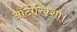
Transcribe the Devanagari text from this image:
ऑटोरिक्शा।